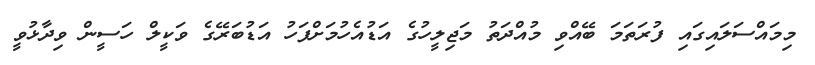
މިމައްސަލައިގައި ފުރަތަމަ ބޭއްވި މުއްދަތު މަޖިލީހުގެ އަޑުއެހުމަށްފަހު އަޑުބަރޭގެ ވަކީލް ހަސީން ވިދާޅުވީ